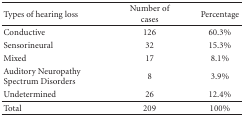
<table><thead><tr><td><b> Types of hearing loss</b></td><td><b>Number of cases</b></td><td><b>Percentage</b></td></tr></thead><tbody><tr><td>Conductive</td><td>126</td><td>60.3%</td></tr><tr><td>Sensorineural</td><td>32</td><td>15.3%</td></tr><tr><td>Mixed</td><td>17</td><td>8.1%</td></tr><tr><td>Auditory Neuropathy Spectrum Disorders</td><td>8</td><td>3.9%</td></tr><tr><td>Undetermined</td><td>26</td><td>12.4%</td></tr><tr><td>Total</td><td>209</td><td>100%</td></tr></tbody></table>